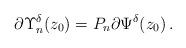
LaTeX: \begin{align*} \partial\Upsilon_{n}^{\delta}(z_{0})=P_{n}\partial\Psi^{\delta}(z_{0})\,. \end{align*}